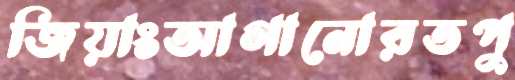
জিয়াংআগানোরতপু